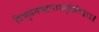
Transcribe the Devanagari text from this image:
त्रिभुवनमहाराजगृहिणि॥१४॥